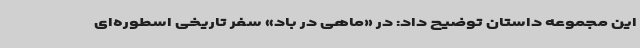
این مجموعه داستان توضیح داد: در «ماهی در باد» سفر تاریخی اسطوره‌ای